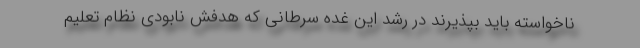
ناخواسته باید بپذیرند در رشد این غده سرطانی که هدفش نابودی نظام تعلیم